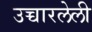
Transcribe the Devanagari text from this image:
उच्चारलेली